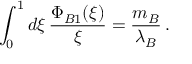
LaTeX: \int _ { 0 } ^ { 1 } d \xi \, \frac { \Phi _ { B 1 } ( \xi ) } { \xi } = \frac { m _ { B } } { \lambda _ { B } } \, .